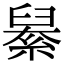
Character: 𦦆